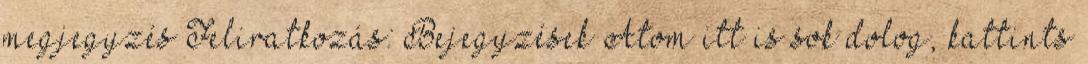
megjegyzés Feliratkozás: Bejegyzések Atom itt is sok dolog, kattints